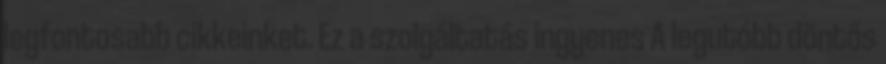
legfontosabb cikkeinket. Ez a szolgáltatás ingyenes A legutóbb döntős